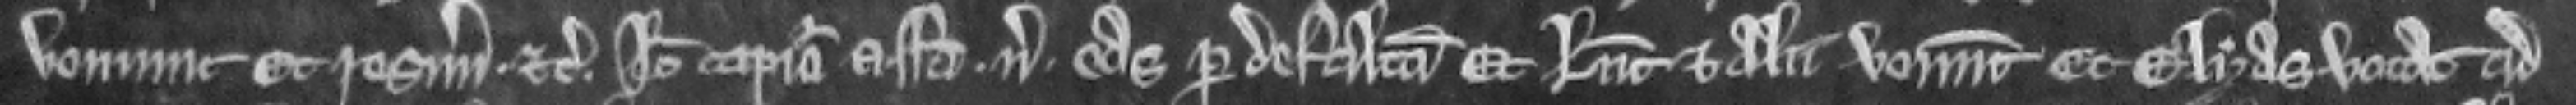
veniunt Et resummonicio. etc. Ideo capiatur assisa. versus. eas per defaltam Et Lucia et alii veniunt Et Elyas vocat ad